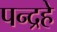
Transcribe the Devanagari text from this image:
पन्द्रहे